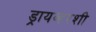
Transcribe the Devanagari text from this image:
ड्रायव्हरशी